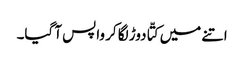
اتنے میں کتّا دوڑ لگا کر واپس آ گیا۔